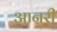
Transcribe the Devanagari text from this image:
आनरी